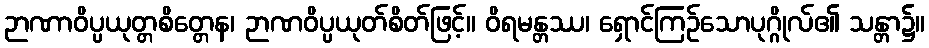
ဉာဏာဝိပ္ပယုတ္တစိတ္တေန၊ ဉာဏဝိပ္ပယုတ်စိတ်ဖြင့်။ ဝိရမန္တဿ၊ ရှောင်ကြဉ်သောပုဂ္ဂိုလ်၏ သန္တာ၌။